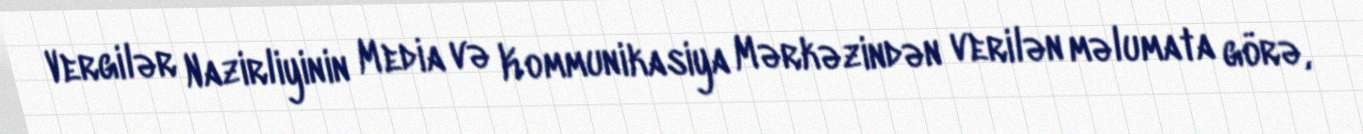
Vergilər Nazirliyinin Media və Kommunikasiya Mərkəzindən verilən məlumata görə,